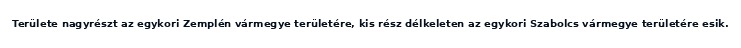
Területe nagyrészt az egykori Zemplén vármegye területére, kis rész délkeleten az egykori Szabolcs vármegye területére esik.